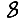
Digit: 8